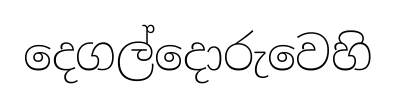
දෙගල්දොරුවෙහි